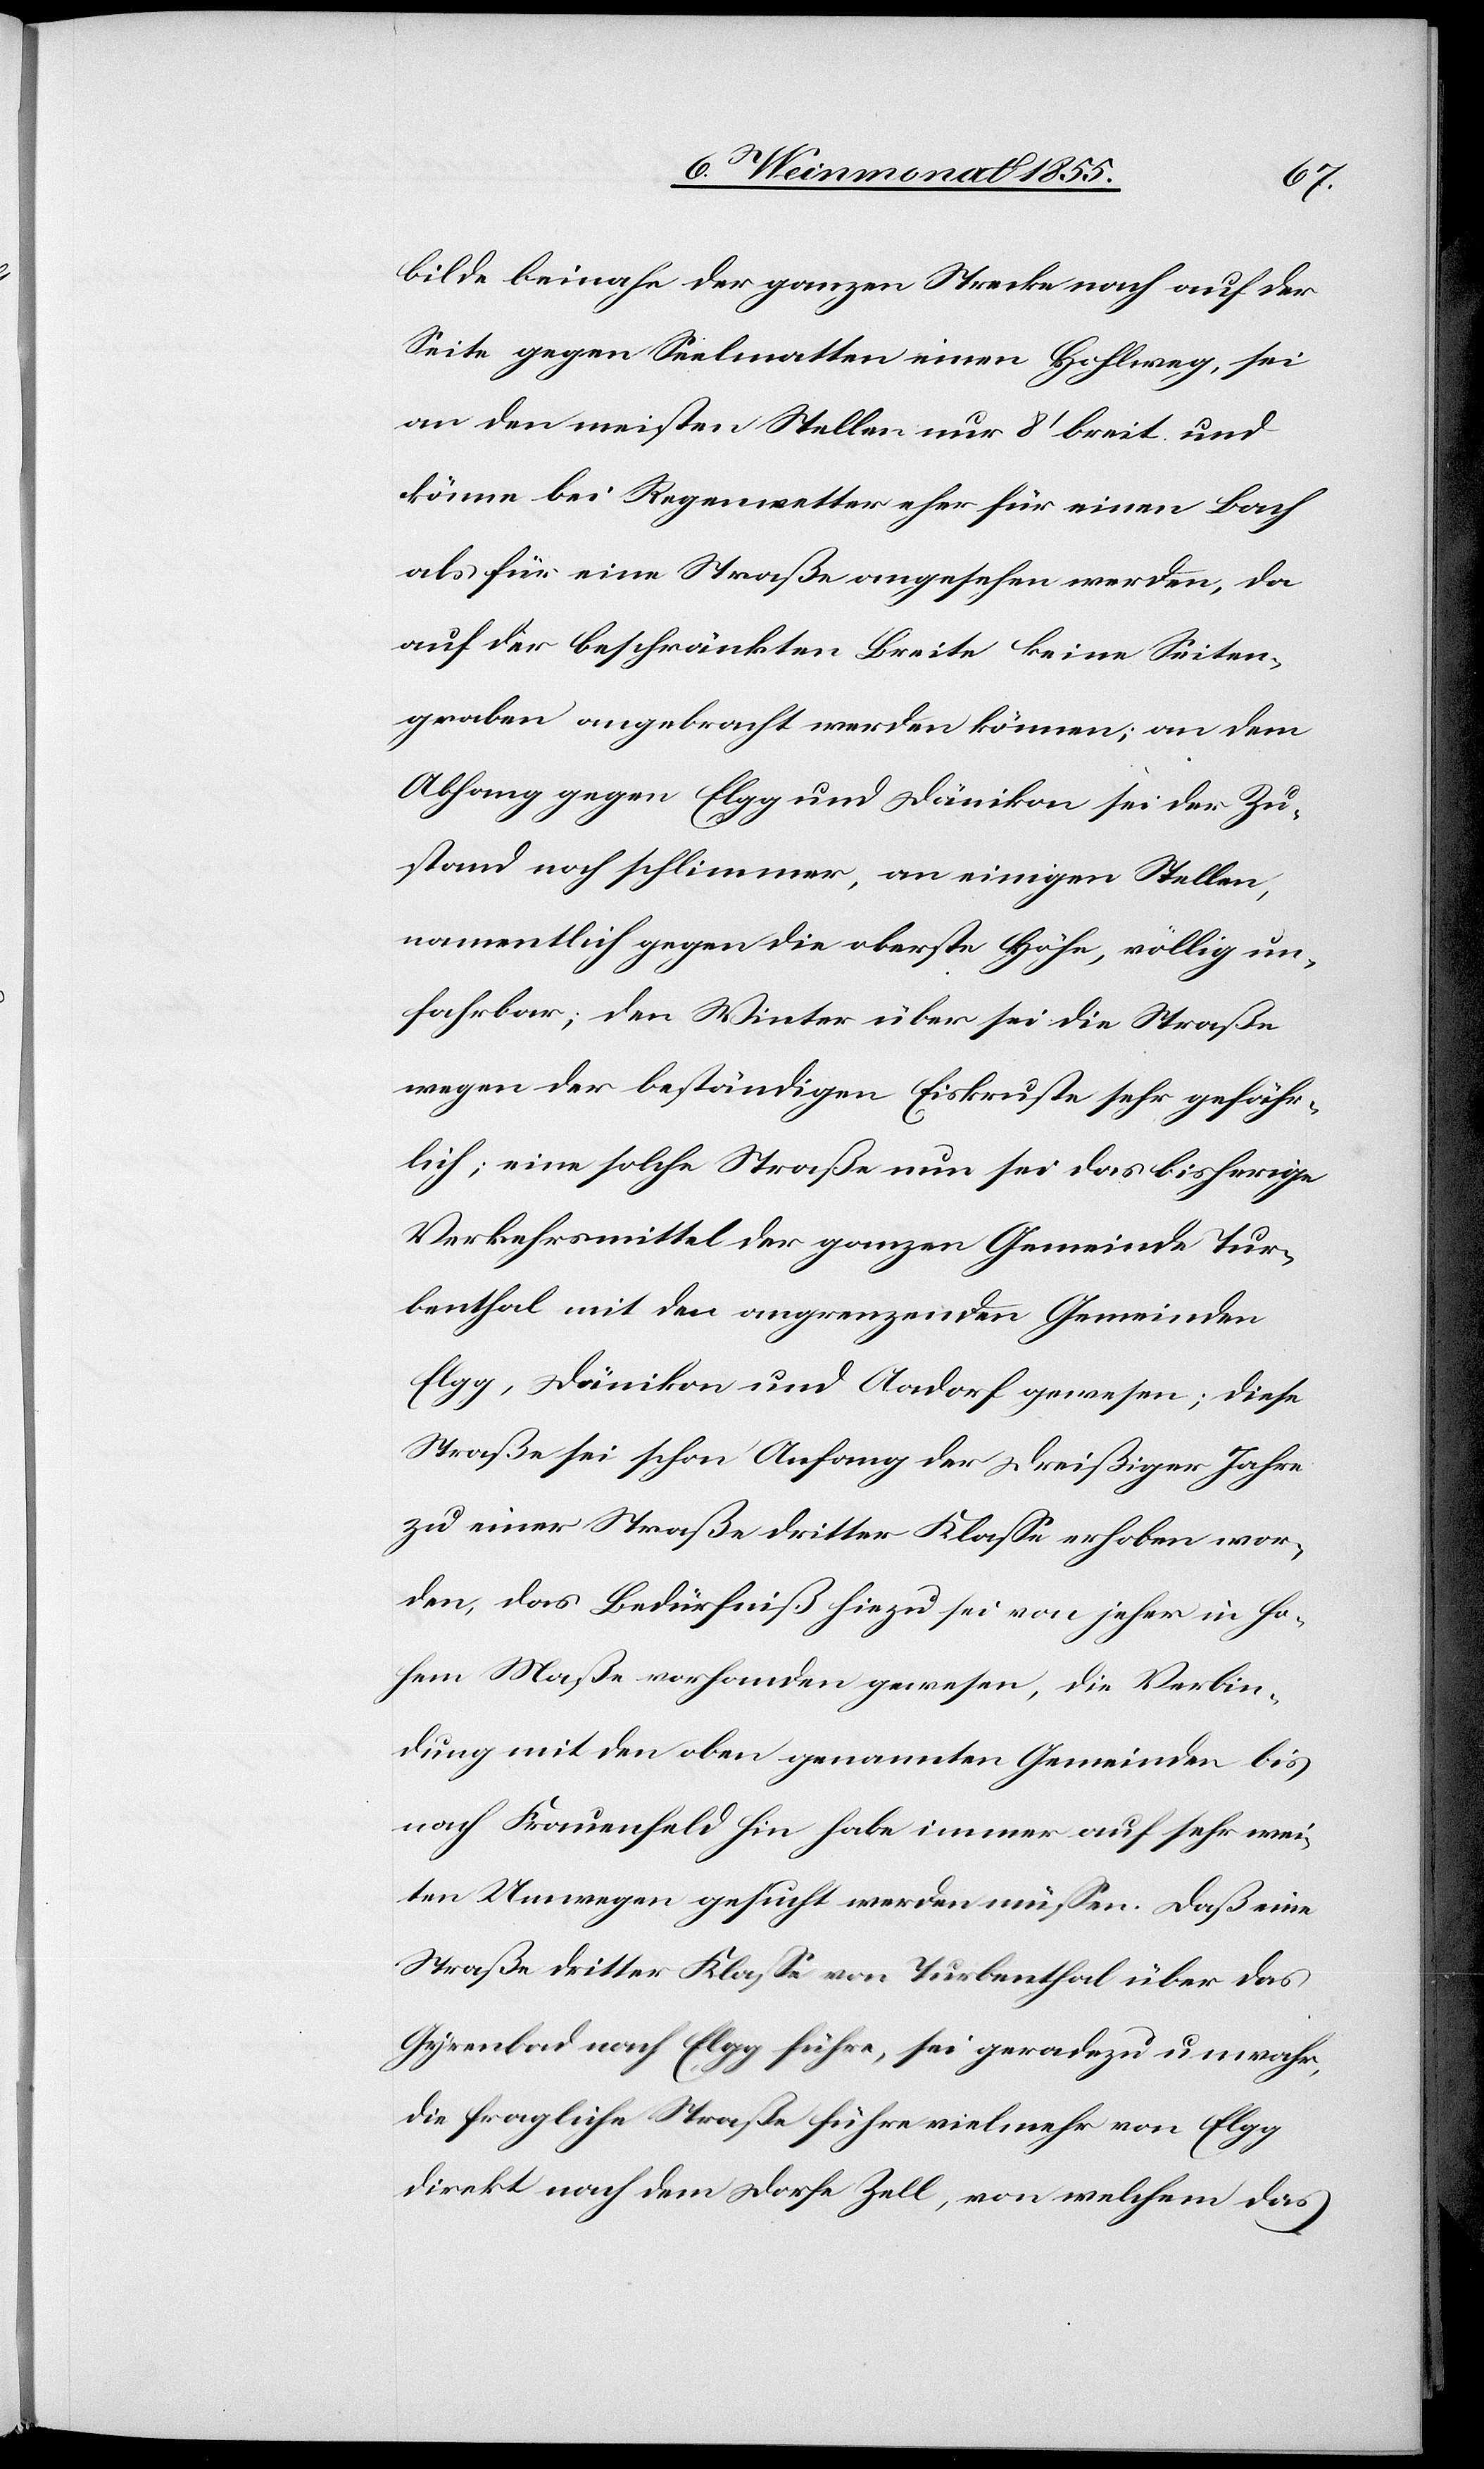
bilde beinahe der ganzen Strecke nach auf der
Seite gegen Seelmatten einen Hohlweg, sei
an den meisten Stellen nur 8‘ breit und
könne bei Regenwetter eher für einen Bach
als für eine Straße angesehen werden, da
auf der beschränkten Breite keine Seiten¬
graben angebracht werden können; an dem
Abhang gegen Elgg und Dänikon sei der Zu¬
stand noch schlimmer, an einigen Stellen,
namentlich gegen die oberste Höhe, völlig un¬
fahrbar; den Winter über sei die Straße
wegen der beständigen Eiskruste sehr gefähr¬
lich; eine solche Straße nun sei das bisherige
Verkehrsmittel der ganzen Gemeinde Tur¬
benthal mit den angrenzenden Gemeinden
Elgg, Dänikon und Aadorf gewesen; diese
Straße sei schon Anfang der Dreißiger Jahre
zu einer Straße dritter Klasse erhoben wor¬
den, das Bedürfniß hiezu sei von jeher in ho¬
hem Maße vorhanden gewesen, die Verbin¬
dung mit den oben genannten Gemeinden bis
nach Frauenfeld hin habe immer auf sehr wei¬
ten Umwegen gesucht werden müssen. Daß eine
Straße dritter Klasse von Turbenthal über das
Gyrenbad nach Elgg führe, sei geradezu unwahr,
die fragliche Straße führe vielmehr von Elgg
direkt nach dem Dorfe Zell, von welchem das